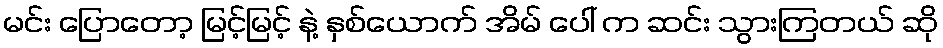
မင်း ပြောတော့ မြင့်မြင့် နဲ့ နှစ်ယောက် အိမ် ပေါ် က ဆင်း သွားကြတယ် ဆို